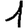
Digit: 1